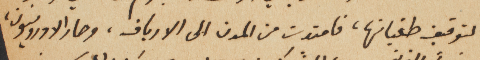
لتوقيف طغيانها، فامتدت من المدن الى الارياف، وصار الاوروبيون،